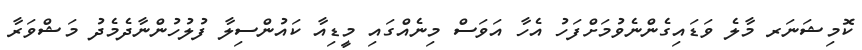
ކޮމިޝަނަރ މާލެ ވަޑައިގެންނެވުމަށްފަހު އެހާ އަވަސް މިނެއްގައި މީޑިއާ ކައުންސިލާ ފުލުހުންނާދެމެދު މަޝްވަރާ